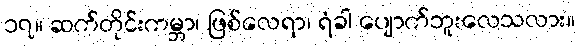
၁၇။ ဆက်တိုင်းကမ္ဘာ၊ ဖြစ်လေရာ၊ ရံခါ ပျောက်ဘူးလေသလား။